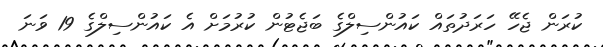
ކުރަން ޖެހޭ ހަރަދުތައް ކައުންސިލްގެ ބަޖެޓުން ކުރުމަށް އެ ކައުންސިލްގެ 19 ވަނަ